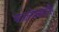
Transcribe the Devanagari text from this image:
आठल्येकरांनी